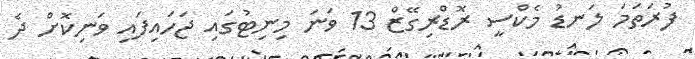
ފުރަތަމަ ލަނޑު މެކްސީ ރޮޑްރިގޭޒް 13 ވަނަ މިނިޓުގައި ޖަހައިފައި ވަނިކޮށް ދެ